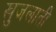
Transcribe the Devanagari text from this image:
खुजलाती